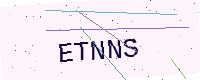
Text: ETNNS